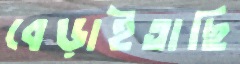
বেড়াইতাছি